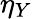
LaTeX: \eta_{Y}